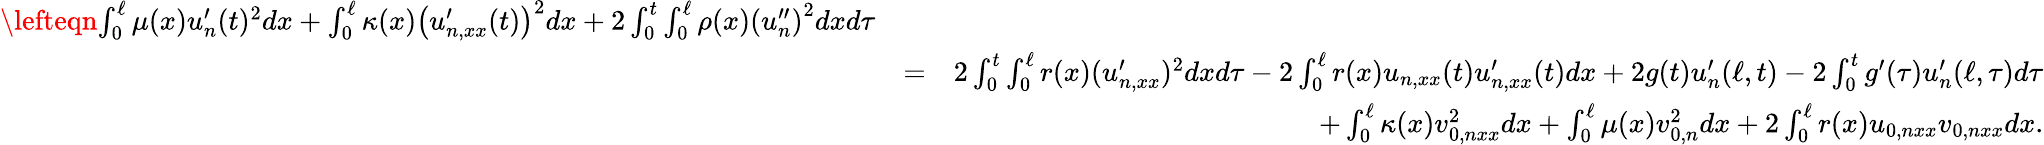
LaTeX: \begin{array}{rlr}{\lefteqn{\int_{0}^{\ell}\mu(x)u_{n}^{\prime}(t)^{2}dx+\int_{0}^{\ell}\kappa(x)\left(u_{n,xx}^{\prime}(t)\right)^{2}dx+2\int_{0}^{t}\int_{0}^{\ell}\rho(x)\left(u_{n}^{\prime\prime}\right)^{2}dxd\tau}}\\ &{=}&{2\int_{0}^{t}\int_{0}^{\ell}r(x)(u_{n,xx}^{\prime})^{2}dxd\tau-2\int_{0}^{\ell}r(x)u_{n,xx}(t)u_{n,xx}^{\prime}(t)dx+2g(t)u_{n}^{\prime}(\ell,t)-2\int_{0}^{t}g^{\prime}(\tau)u_{n}^{\prime}(\ell,\tau)d\tau}\\ &{}&{+\int_{0}^{\ell}\kappa(x)v_{0,nxx}^{2}dx+\int_{0}^{\ell}\mu(x)v_{0,n}^{2}dx+2\int_{0}^{\ell}r(x)u_{0,nxx}v_{0,nxx}dx.}\end{array}